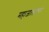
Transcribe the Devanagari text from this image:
महाजालाटवर